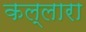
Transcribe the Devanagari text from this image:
कल्लारा